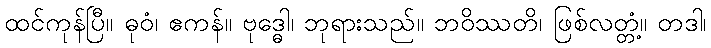
ထင်ကုန်ပြီ။ ဓုဝံ၊ ဧကန်။ ဗုဒ္ဓေါ၊ ဘုရားသည်။ ဘဝိဿတိ၊ ဖြစ်လတ္တံ့။ တဒါ၊